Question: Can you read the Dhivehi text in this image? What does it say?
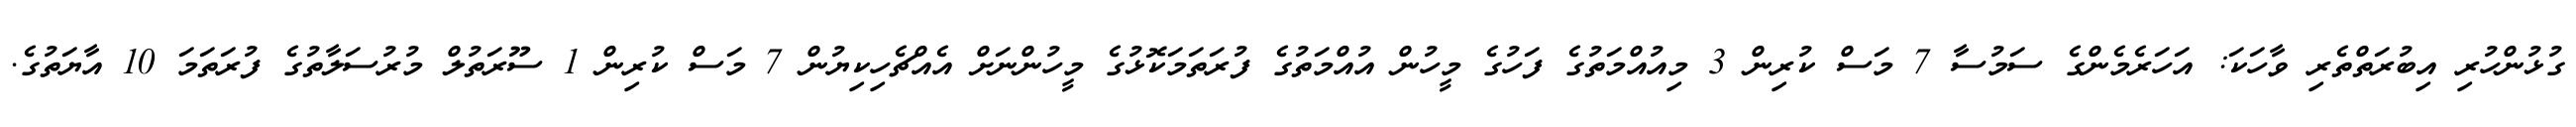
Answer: ގުޅުންހުރި އިބުރަތްތެރި ވާހަކަ: އަހަރެމެންގެ ސަމުސާ 7 މަސް ކުރިން 3 މިއުއްމަތުގެ ފަހުގެ މީހުން އުއްމަތުގެ ފުރަތަމަކޮޅުގެ މީހުންނަށް އެއްޗެހިކިޔުން 7 މަސް ކުރިން 1 ސޫރަތުލް މުރުސަލާތުގެ ފުރަތަމަ 10 އާޔަތުގެ.